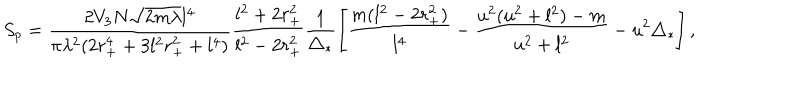
S _ { p } = \frac { 2 V _ { 3 } N \sqrt { 2 m \lambda } l ^ { 4 } } { \pi \lambda ^ { 2 } ( 2 r _ { + } ^ { 4 } + 3 l ^ { 2 } r _ { + } ^ { 2 } + l ^ { 4 } ) } \frac { l ^ { 2 } + 2 r _ { + } ^ { 2 } } { l ^ { 2 } - 2 r _ { + } ^ { 2 } } \frac { 1 } { \triangle _ { * } } \left[ \frac { m ( l ^ { 2 } - 2 r _ { + } ^ { 2 } ) } { l ^ { 4 } } - \frac { u ^ { 2 } ( u ^ { 2 } + l ^ { 2 } ) - m } { u ^ { 2 } + l ^ { 2 } } - u ^ { 2 } \triangle _ { * } \right] ,